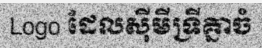
Logo ដែលស៊ីមីទ្រីគ្នាចំ